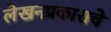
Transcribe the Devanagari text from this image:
लेखनप्रकाराचे